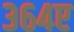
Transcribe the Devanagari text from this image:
३६४ए